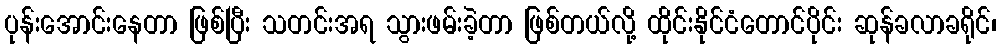
ပုန်းအောင်းနေတာ ဖြစ်ပြီး သတင်းအရ သွားဖမ်းခဲ့တာ ဖြစ်တယ်လို့ ထိုင်းနိုင်ငံတောင်ပိုင်း ဆုန်ခလာခရိုင်၊